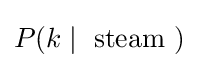
P(k\mid {\text{ steam }})